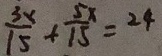
\frac { 3 x } { 1 5 } + \frac { 5 x } { 1 5 } = 2 4